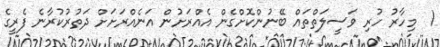
1  މިހާރު ހުރި ވަސީލަތްތައް ބޭނުންކޮށްގެން އެއްރަށުން އަނެއްރަށަށް ދަތުރުކުރާނެ ފެރީގެ